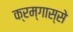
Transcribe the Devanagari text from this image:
क्रम्गास्से